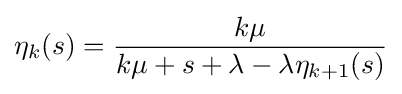
\eta _{k}(s)={\frac {k\mu }{k\mu +s+\lambda -\lambda \eta _{k+1}(s)}}